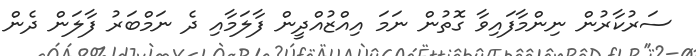
ސަރުކާރުން ނިންމާފައިވާ ގޮތުން ނަމަ އިއްޒުއްދީން ފާލަމާއި ދެ ނަމްބަރު ފާލަން ދެން